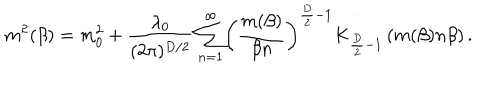
\ m ^ { 2 } ( \beta ) = m _ { 0 } ^ { 2 } + \frac { \lambda _ { 0 } } { ( 2 \pi ) ^ { D / 2 } } \sum _ { n = 1 } ^ { \infty } \biggl ( \frac { m ( \beta ) } { \beta n } \biggr ) ^ { \frac { D } { 2 } - 1 } K _ { \frac { D } { 2 } - 1 } \left( m ( \beta ) n \beta \right) .